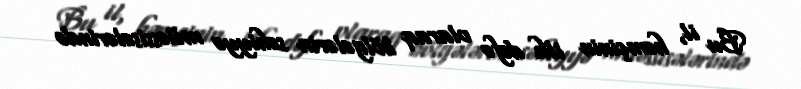
Bu il, həmçinin ilk dəfə olaraq bölgələrin səhiyyə müəssisələrində